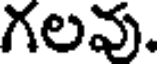
గలవు.